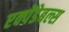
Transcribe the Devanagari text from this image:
एक्पेंडेबल्स